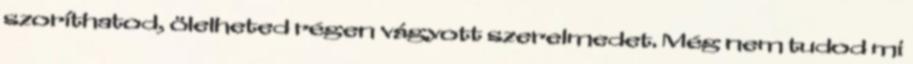
szoríthatod, ölelheted régen vágyott szerelmedet. Még nem tudod mi